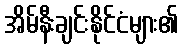
အိမ်နီးချင်းနိုင်ငံများ၏